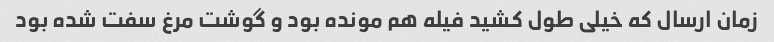
زمان ارسال که خیلی طول کشید فیله هم مونده بود و گوشت مرغ سفت شده بود